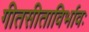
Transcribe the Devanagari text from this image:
गीतसीताविर्भावः